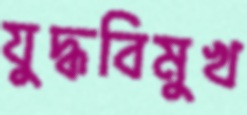
যুদ্ধবিমুখ